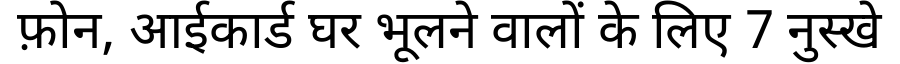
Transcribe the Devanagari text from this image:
फ़ोन, आईकार्ड घर भूलने वालों के लिए 7 नुस्खे